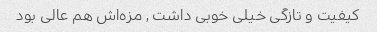
کیفیت و تازگی خیلی خوبی داشت , مزه‌اش هم عالی بود